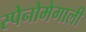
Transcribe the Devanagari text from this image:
स्पेनोमेगाली